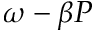
\omega - \beta P